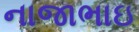
નાજાભાઇ